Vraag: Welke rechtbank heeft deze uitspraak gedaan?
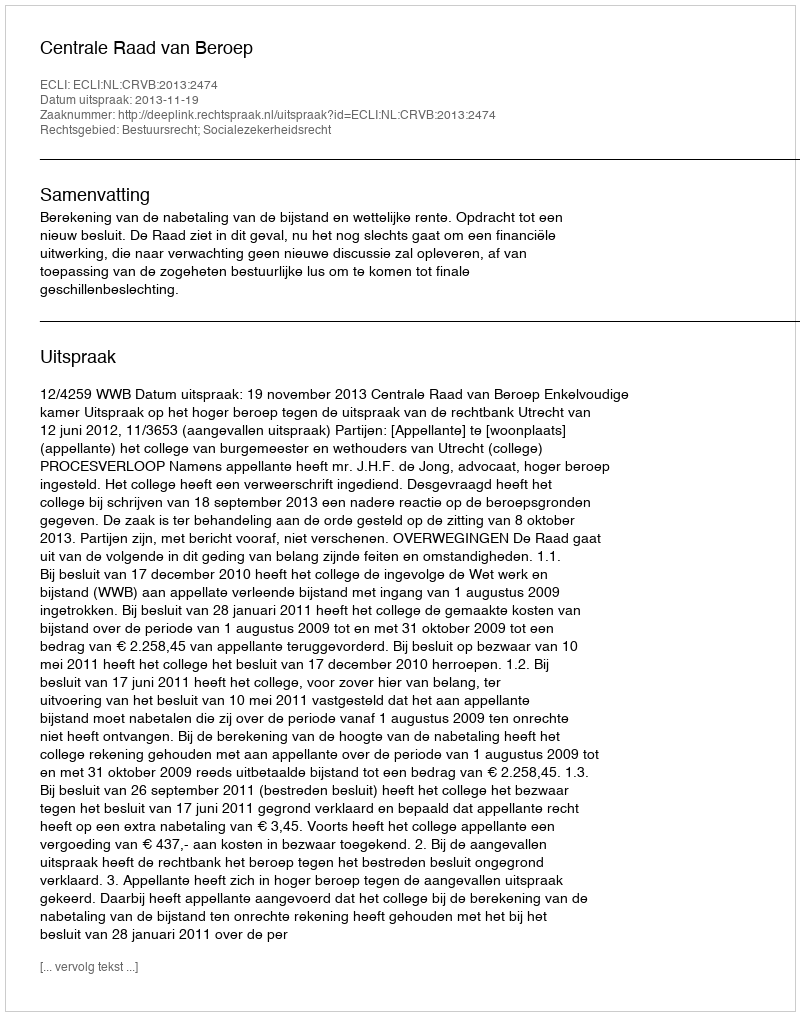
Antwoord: Centrale Raad van Beroep